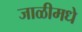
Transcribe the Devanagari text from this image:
जाळीमधे